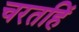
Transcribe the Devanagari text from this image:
चरतहिं